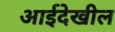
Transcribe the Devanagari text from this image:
आईदेखील